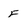
Character: F